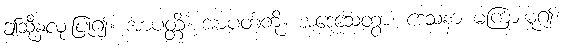
ဤသို့နှလုံးပြု၍။ အာပတ္တိံ၊ အာပတ်ကို။ အဒေသေတွာ၊ ဒေသနာ မကြားမူ၍။